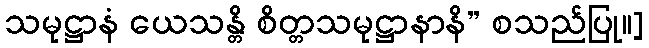
သမုဋ္ဌာနံ ယေသန္တိ စိတ္တသမုဋ္ဌာနာနိ” စသည်ပြု။]